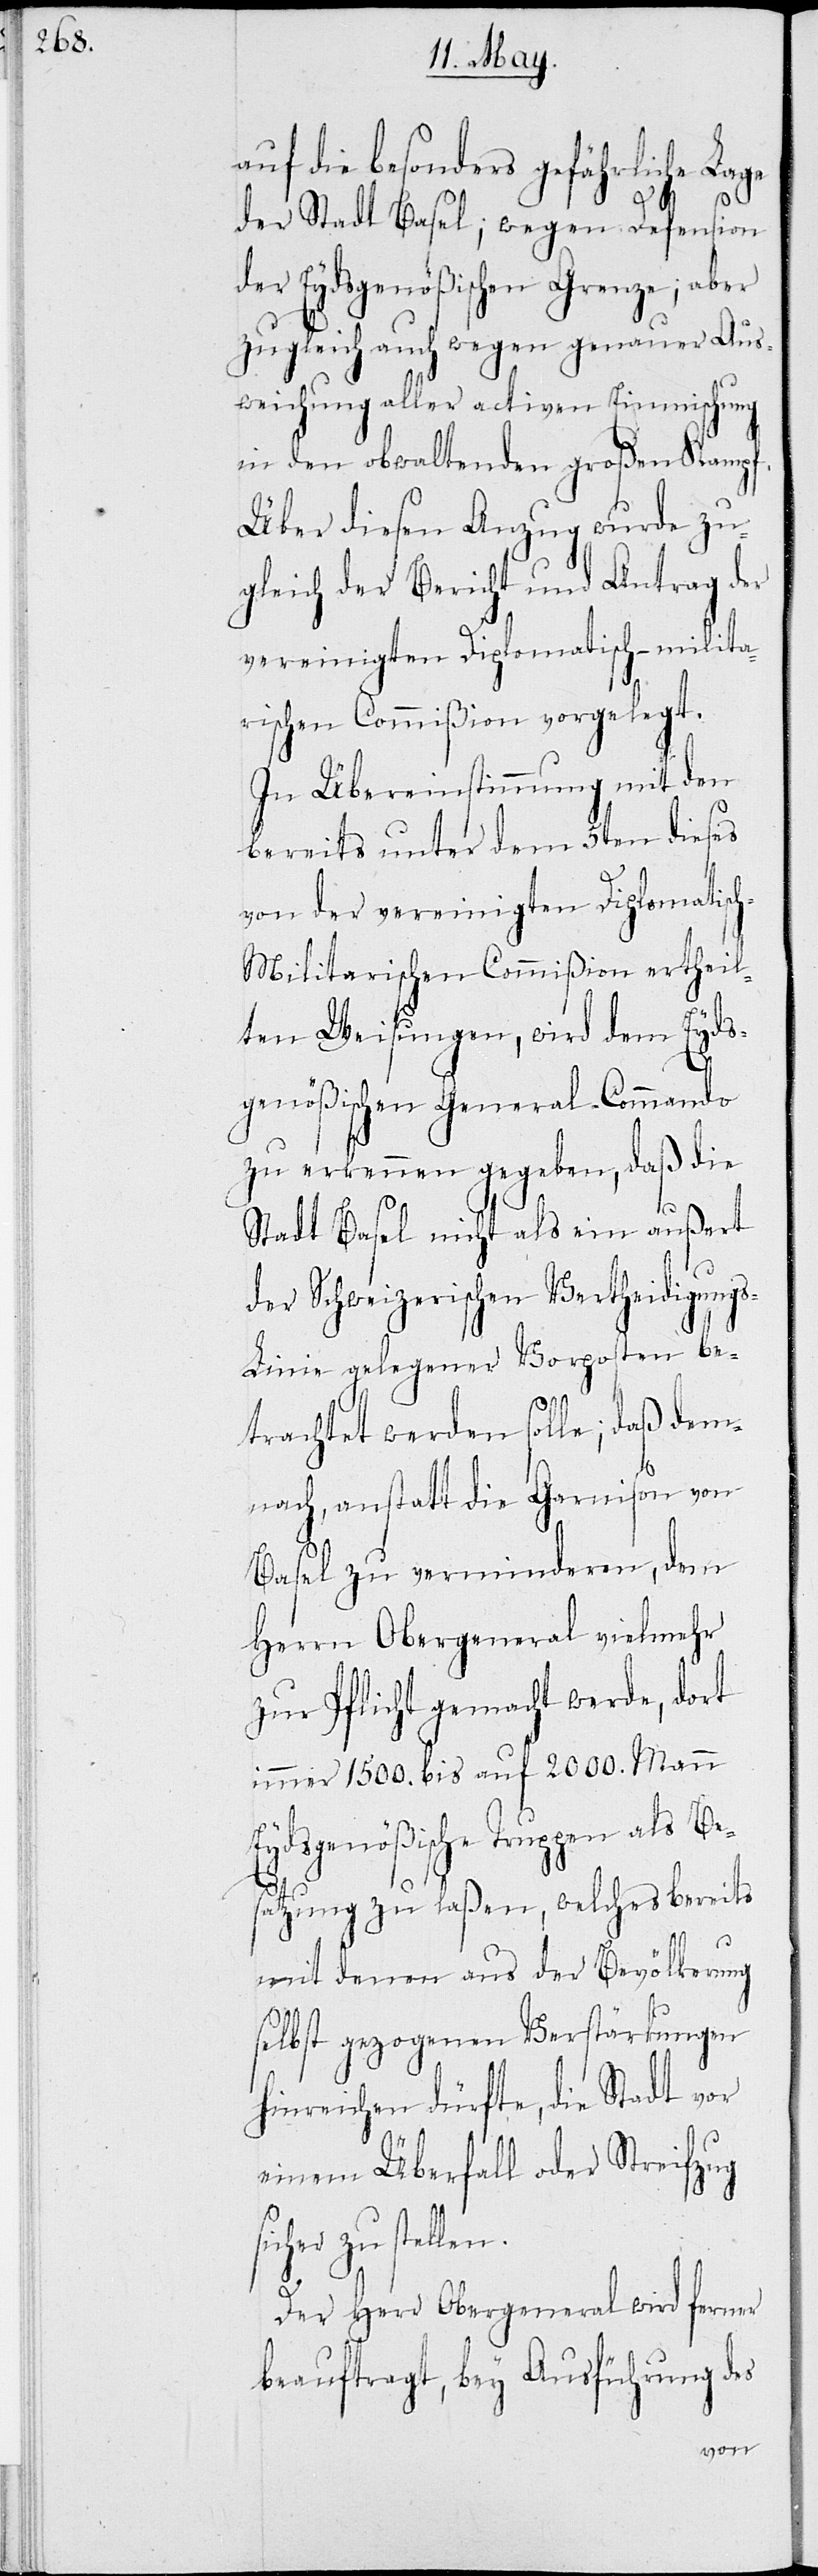
auf die besonders gefährliche Lage
der Stadt Basel; wegen Defension
der Eydsgenößischen Grenze; aber
zugleich auch wegen genauer Aus¬
gleichung aller activen Einmischung
in den obwaltenden großen Kampf.
Über diesen Anzug wurde zu¬
gleich der Bericht und Antrag der
vereinigten Diplomatisch-milita¬
rischen Commißion vorgelegt.
In Übereinstimmung mit den
bereits unter dem 5ten dieses
von der vereinigten Diplomatisc¬
h-Militarischen Commißion ertheil¬
ten Weisungen, wird dem Eyds¬
genößischen General-Commando
zu erkennen gegeben, daß die
Stadt Basel nicht als ein außert
der Schweizerischen Vertheidigung¬
s-Linie gelegener Vorposten be¬
trachtet werden solle; daß dem¬
nach anstatt die Garnison von
Basel zu verminderen, dem
Herrn Obergeneral vielmehr
zur Pflicht gemacht werde, dort
immer 1500. bis auf 2000. Mann
Eydsgenößische Truppen als Be¬
satzung zu laßen, welches bereits
mir denen aus der Bevölkerung
selbst gezogenen Verstärkungen
hinreichen dürfte, die Stadt vor
einem Überfall oder Streifzug
sicher zu stellen.
Der Herr Obergeneral wird ferner
beauftragt, bey Ausführung des